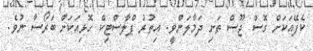
ކެފޭއަކަށް ގޮސް ޖޫސް ތަށި ދަމާލަންވީ. އިތުރު ޕްލާސްޓިކް ހޮޅިއަކަށް ބަރޯސާ ނުވެ.